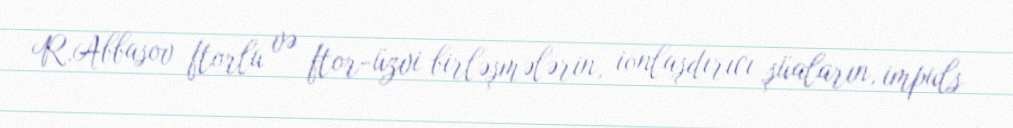
R.Abbasov ftorlu və ftor-üzvi birləşmələrin, ionlaşdırıcı şüaların, impuls